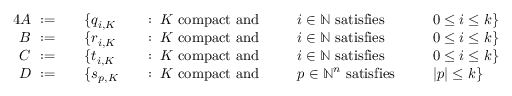
{ \begin{array} { r l r l r l r l } { { 4 } A ~ : = \quad } & { \{ q _ { i , K } } & & { : \; K { \mathrm { ~ c o m p a c t ~ a n d ~ } } \; } & & { i \in \mathbb { N } { \mathrm { ~ s a t i s f i e s ~ } } \; } & & { 0 \leq i \leq k \} } \\ { B ~ : = \quad } & { \{ r _ { i , K } } & & { : \; K { \mathrm { ~ c o m p a c t ~ a n d ~ } } \; } & & { i \in \mathbb { N } { \mathrm { ~ s a t i s f i e s ~ } } \; } & & { 0 \leq i \leq k \} } \\ { C ~ : = \quad } & { \{ t _ { i , K } } & & { : \; K { \mathrm { ~ c o m p a c t ~ a n d ~ } } \; } & & { i \in \mathbb { N } { \mathrm { ~ s a t i s f i e s ~ } } \; } & & { 0 \leq i \leq k \} } \\ { D ~ : = \quad } & { \{ s _ { p , K } } & & { : \; K { \mathrm { ~ c o m p a c t ~ a n d ~ } } \; } & & { p \in \mathbb { N } ^ { n } { \mathrm { ~ s a t i s f i e s ~ } } \; } & & { | p | \leq k \} } \end{array} }